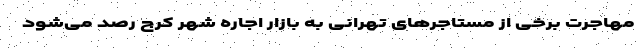
مهاجرت برخی از مستاجرهای تهرانی به بازار اجاره شهر کرج رصد می‌‌شود